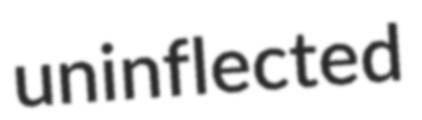
uninflected